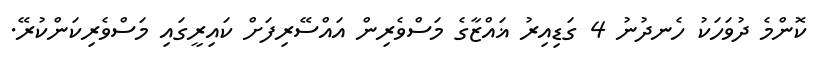
ކޮންމެ ދުވަހަކު ހެނދުނު 4 ގަޑިއިރު ޣައްޒާގެ މަސްވެރިން އައްސޭރިފަށް ކައިރީގައި މަސްވެރިކަންކުރޭ.